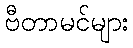
ဗီတာမင်များ